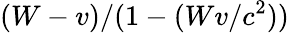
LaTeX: (W-v)/(1-(Wv/c^{2}))